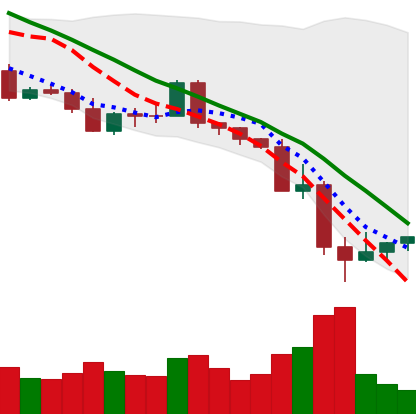
Ticker: NEO-USD
Chart end date: 2022-05-15
Forward return: -7.927%
Label: down_7plus